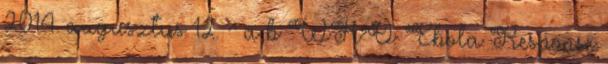
2014. augusztus 12. ^ a b WHO: Ebola Response